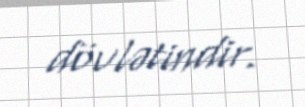
dövlətindir.